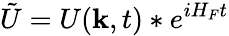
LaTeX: \tilde{U}=U({\mathbf k},t)*e^{iH_{F}t}